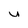
Character: u